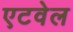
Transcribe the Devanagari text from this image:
एटवेल